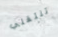
تنتقلي